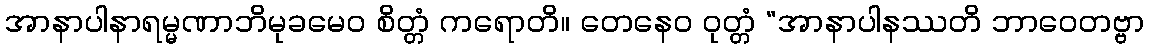
အာနာပါနာရမ္မဏာဘိမုခမေဝ စိတ္တံ ကရောတိ။ တေနေဝ ဝုတ္တံ “အာနာပါနဿတိ ဘာဝေတဗ္ဗာ